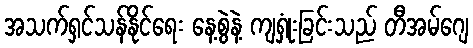
အသက်ရှင်သန်နိုင်ရေး နေ့စွဲနဲ့ ကျရှုံးခြင်းသည် တီအမ်ဂျေ